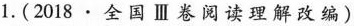
1.(2018 ·全国Ⅲ卷阅读理解改编)